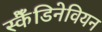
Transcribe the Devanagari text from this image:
स्कैँडिनेवियन